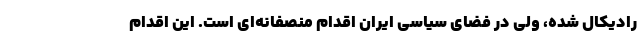
رادیکال شده، ولی در فضای سیاسی ایران اقدام منصفانه‌ای است. این اقدام